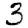
Digit: 3